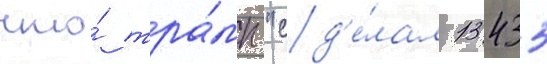
что́ тра́мп "сд'е́лал 13435